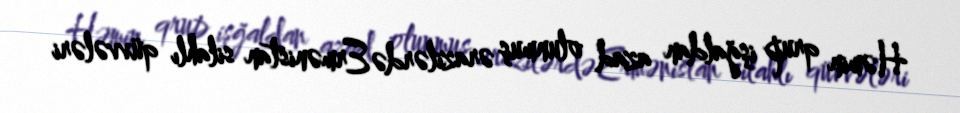
Həmin qrup işğaldan azad olunmuş ərazilərdə Ermənistan silahlı qüvvələri